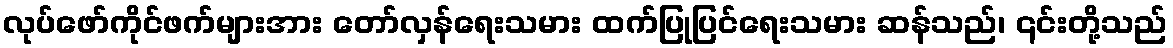
လုပ်ဖော်ကိုင်ဖက်များအား တော်လှန်ရေးသမား ထက်ပြုပြင်ရေးသမား ဆန်သည်၊ ၎င်းတို့သည်